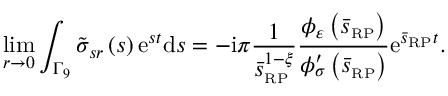
\operatorname* { l i m } _ { r \rightarrow 0 } \int _ { \Gamma _ { 9 } } \tilde { \sigma } _ { s r } \left( s \right) \mathrm { e } ^ { s t } \mathrm { d } s = - \mathrm { i } \pi \frac { 1 } { \bar { s } _ { \scriptscriptstyle { \mathrm { R P } } } ^ { 1 - \xi } } \frac { \phi _ { \varepsilon } \left( \bar { s } _ { \scriptscriptstyle { \mathrm { R P } } } \right) } { \phi _ { \sigma } ^ { \prime } \left( \bar { s } _ { \scriptscriptstyle { \mathrm { R P } } } \right) } \mathrm { e } ^ { \bar { s } _ { \scriptscriptstyle { \mathrm { R P } } } t } .